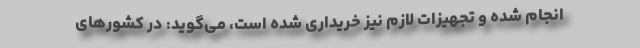
انجام شده و تجهیزات لازم نیز خریداری شده است، می‌گوید: در کشورهای